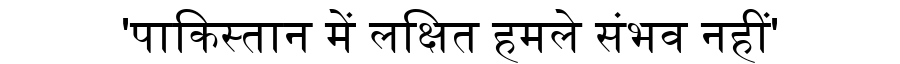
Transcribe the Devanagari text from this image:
'पाकिस्तान में लक्षित हमले संभव नहीं'